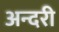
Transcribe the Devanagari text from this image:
अन्दरी